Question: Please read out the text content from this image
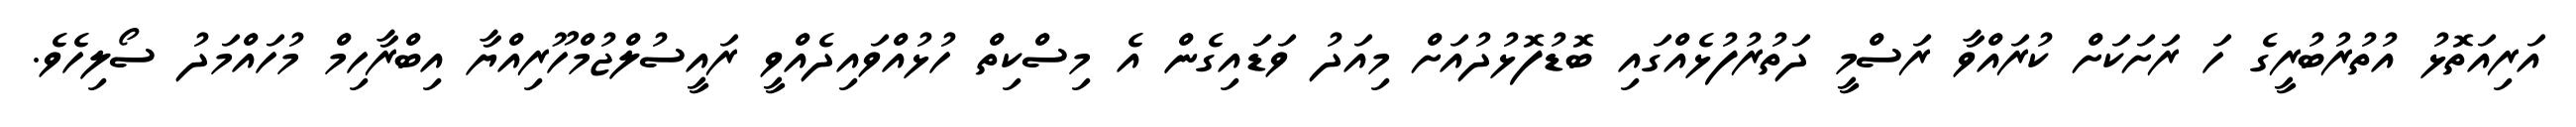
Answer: އަރިއަތޮޅު އުތުރުބުރީގެ ހަ ރަށަކަށް ކުރައްވާ ރަސްމީ ދަތުރުފުޅެއްގައި ބޮޑުފޮޅުދުއަށް މިއަދު ވަޑައިގެން އެ މިސްކިތް ހުޅުއްވައިދެއްވީ ރައީސުލްޖުމްހޫރިއްޔާ އިބްރާހިމް މުހައްމަދު ސޯލިހެވެ.